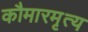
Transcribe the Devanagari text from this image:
कौमारमृत्य